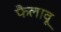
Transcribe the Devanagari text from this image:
फैलावू